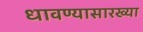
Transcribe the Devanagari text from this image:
धावण्यासारख्या